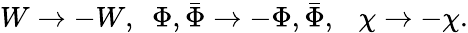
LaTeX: W\rightarrow-W,~~\Phi,\bar{\Phi}\rightarrow-\Phi,\bar{\Phi},~~~\chi\rightarrow-\chi.